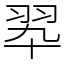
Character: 翆